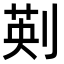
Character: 𠝟